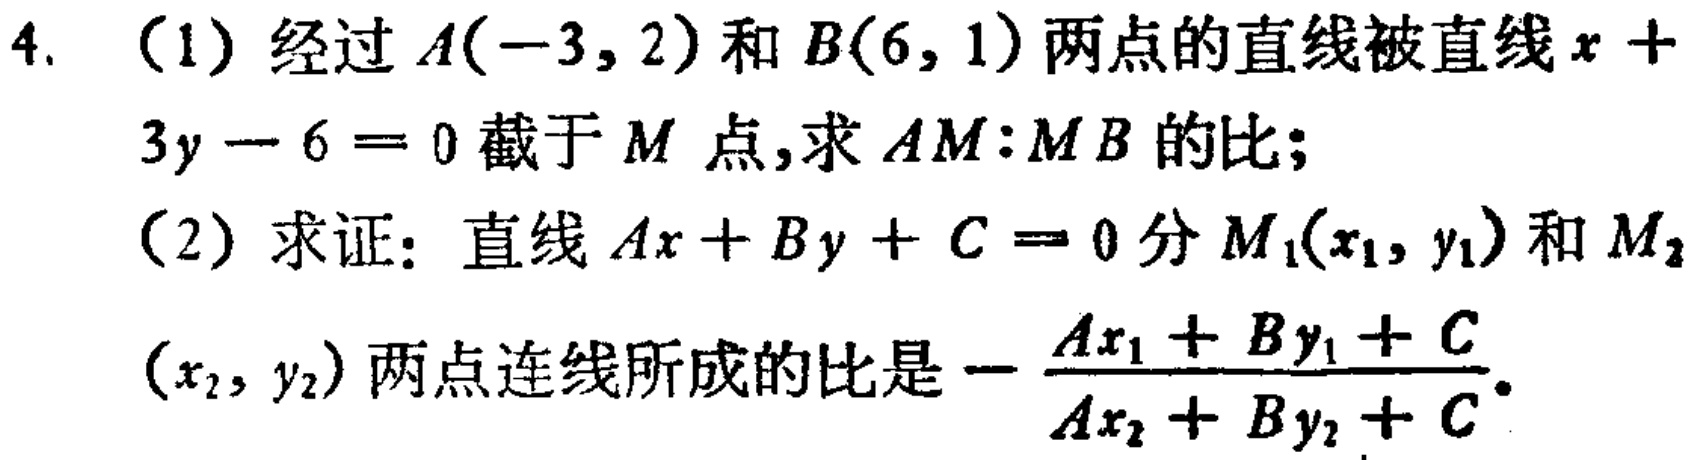
4. （1）经过\(A(-3,2)\)和\(B(6,1)\)两点的直线被直线\(x + 3y - 6 = 0\)截于\(M\)点，求\(AM:MB\)的比；
（2）求证：直线\(Ax + By + C = 0\)分\(M_1(x_1,y_1)\)和\(M_2(x_2,y_2)\)两点连线所成的比是\(-\frac{Ax_1 + By_1 + C}{Ax_2 + By_2 + C}\)。